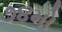
૭૪મો